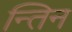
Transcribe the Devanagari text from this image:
न्तिन